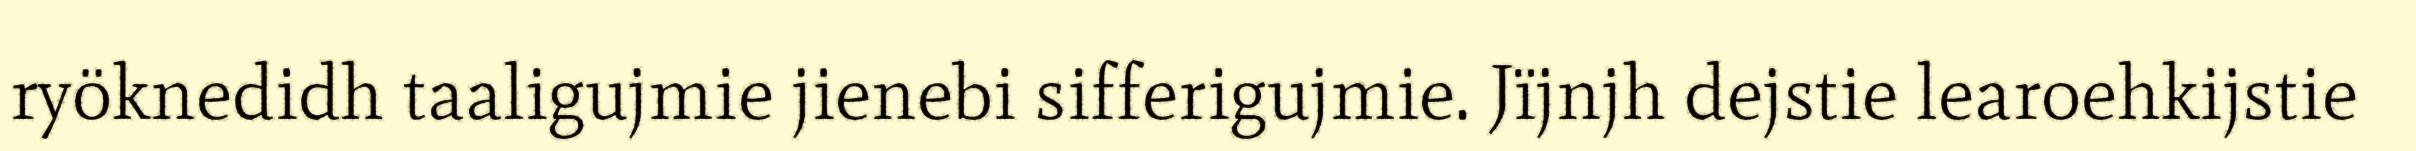
ryöknedidh taaligujmie jienebi sifferigujmie. Jïjnjh dejstie learoehkijstie